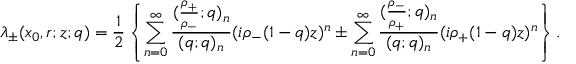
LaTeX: \lambda _ { \pm } ( x _ { 0 } , r ; z ; q ) = \frac { 1 } { 2 } \left\{ \sum _ { n = 0 } ^ { \infty } \frac { ( \frac { \rho _ { + } } { \rho _ { - } } ; q ) _ { n } } { ( q ; q ) _ { n } } ( i \rho _ { - } ( 1 - q ) z ) ^ { n } \pm \sum _ { n = 0 } ^ { \infty } \frac { ( \frac { \rho _ { - } } { \rho _ { + } } ; q ) _ { n } } { ( q ; q ) _ { n } } ( i \rho _ { + } ( 1 - q ) z ) ^ { n } \right\} .